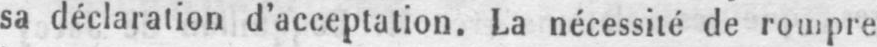
sa déclaration d’acceptation. La nécessité de rompre